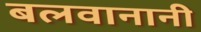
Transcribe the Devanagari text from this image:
बलवानानी